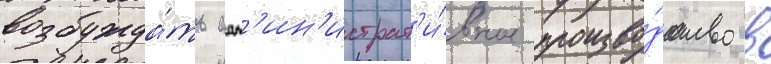
возбужда́ть адм'ин'истрат'и́вное произво́дство в